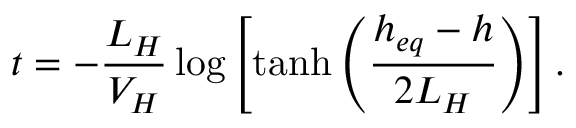
t = - \frac { L _ { H } } { V _ { H } } \log \left[ \operatorname { t a n h } \left( \frac { h _ { e q } - h } { 2 L _ { H } } \right) \right] .